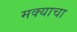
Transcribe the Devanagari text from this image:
मक्याचा